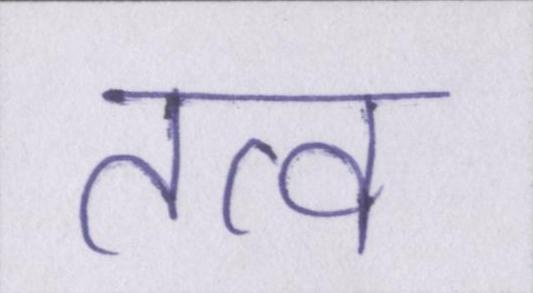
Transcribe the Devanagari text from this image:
तत्व